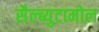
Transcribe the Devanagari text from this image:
सैल्ब्युटामोल